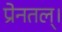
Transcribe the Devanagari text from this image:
प्रेनतल्।